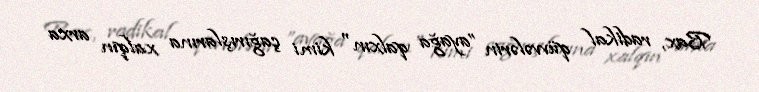
Bax, radikal qüvvələrin ”ayağa qalxın" kimi çağırışlarına xalqın arxa